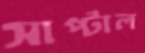
সাপ্‌টাল